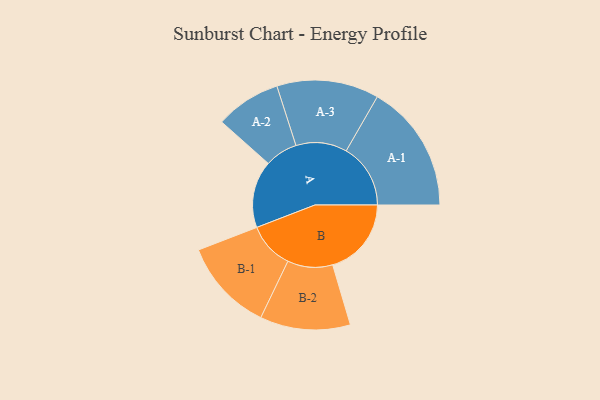
{"axis": {"x": "Segment", "y": "Value"}, "legend": ["", "A", "B"], "data": [{"x": "A", "y": 238, "type": ""}, {"x": "B", "y": 279, "type": ""}, {"x": "A-1", "y": 228, "type": "A"}, {"x": "A-2", "y": 116, "type": "A"}, {"x": "A-3", "y": 181, "type": "A"}, {"x": "B-1", "y": 164, "type": "B"}, {"x": "B-2", "y": 160, "type": "B"}]}